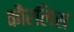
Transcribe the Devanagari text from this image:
कौरलिस